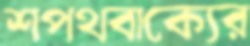
শপথবাক্যের